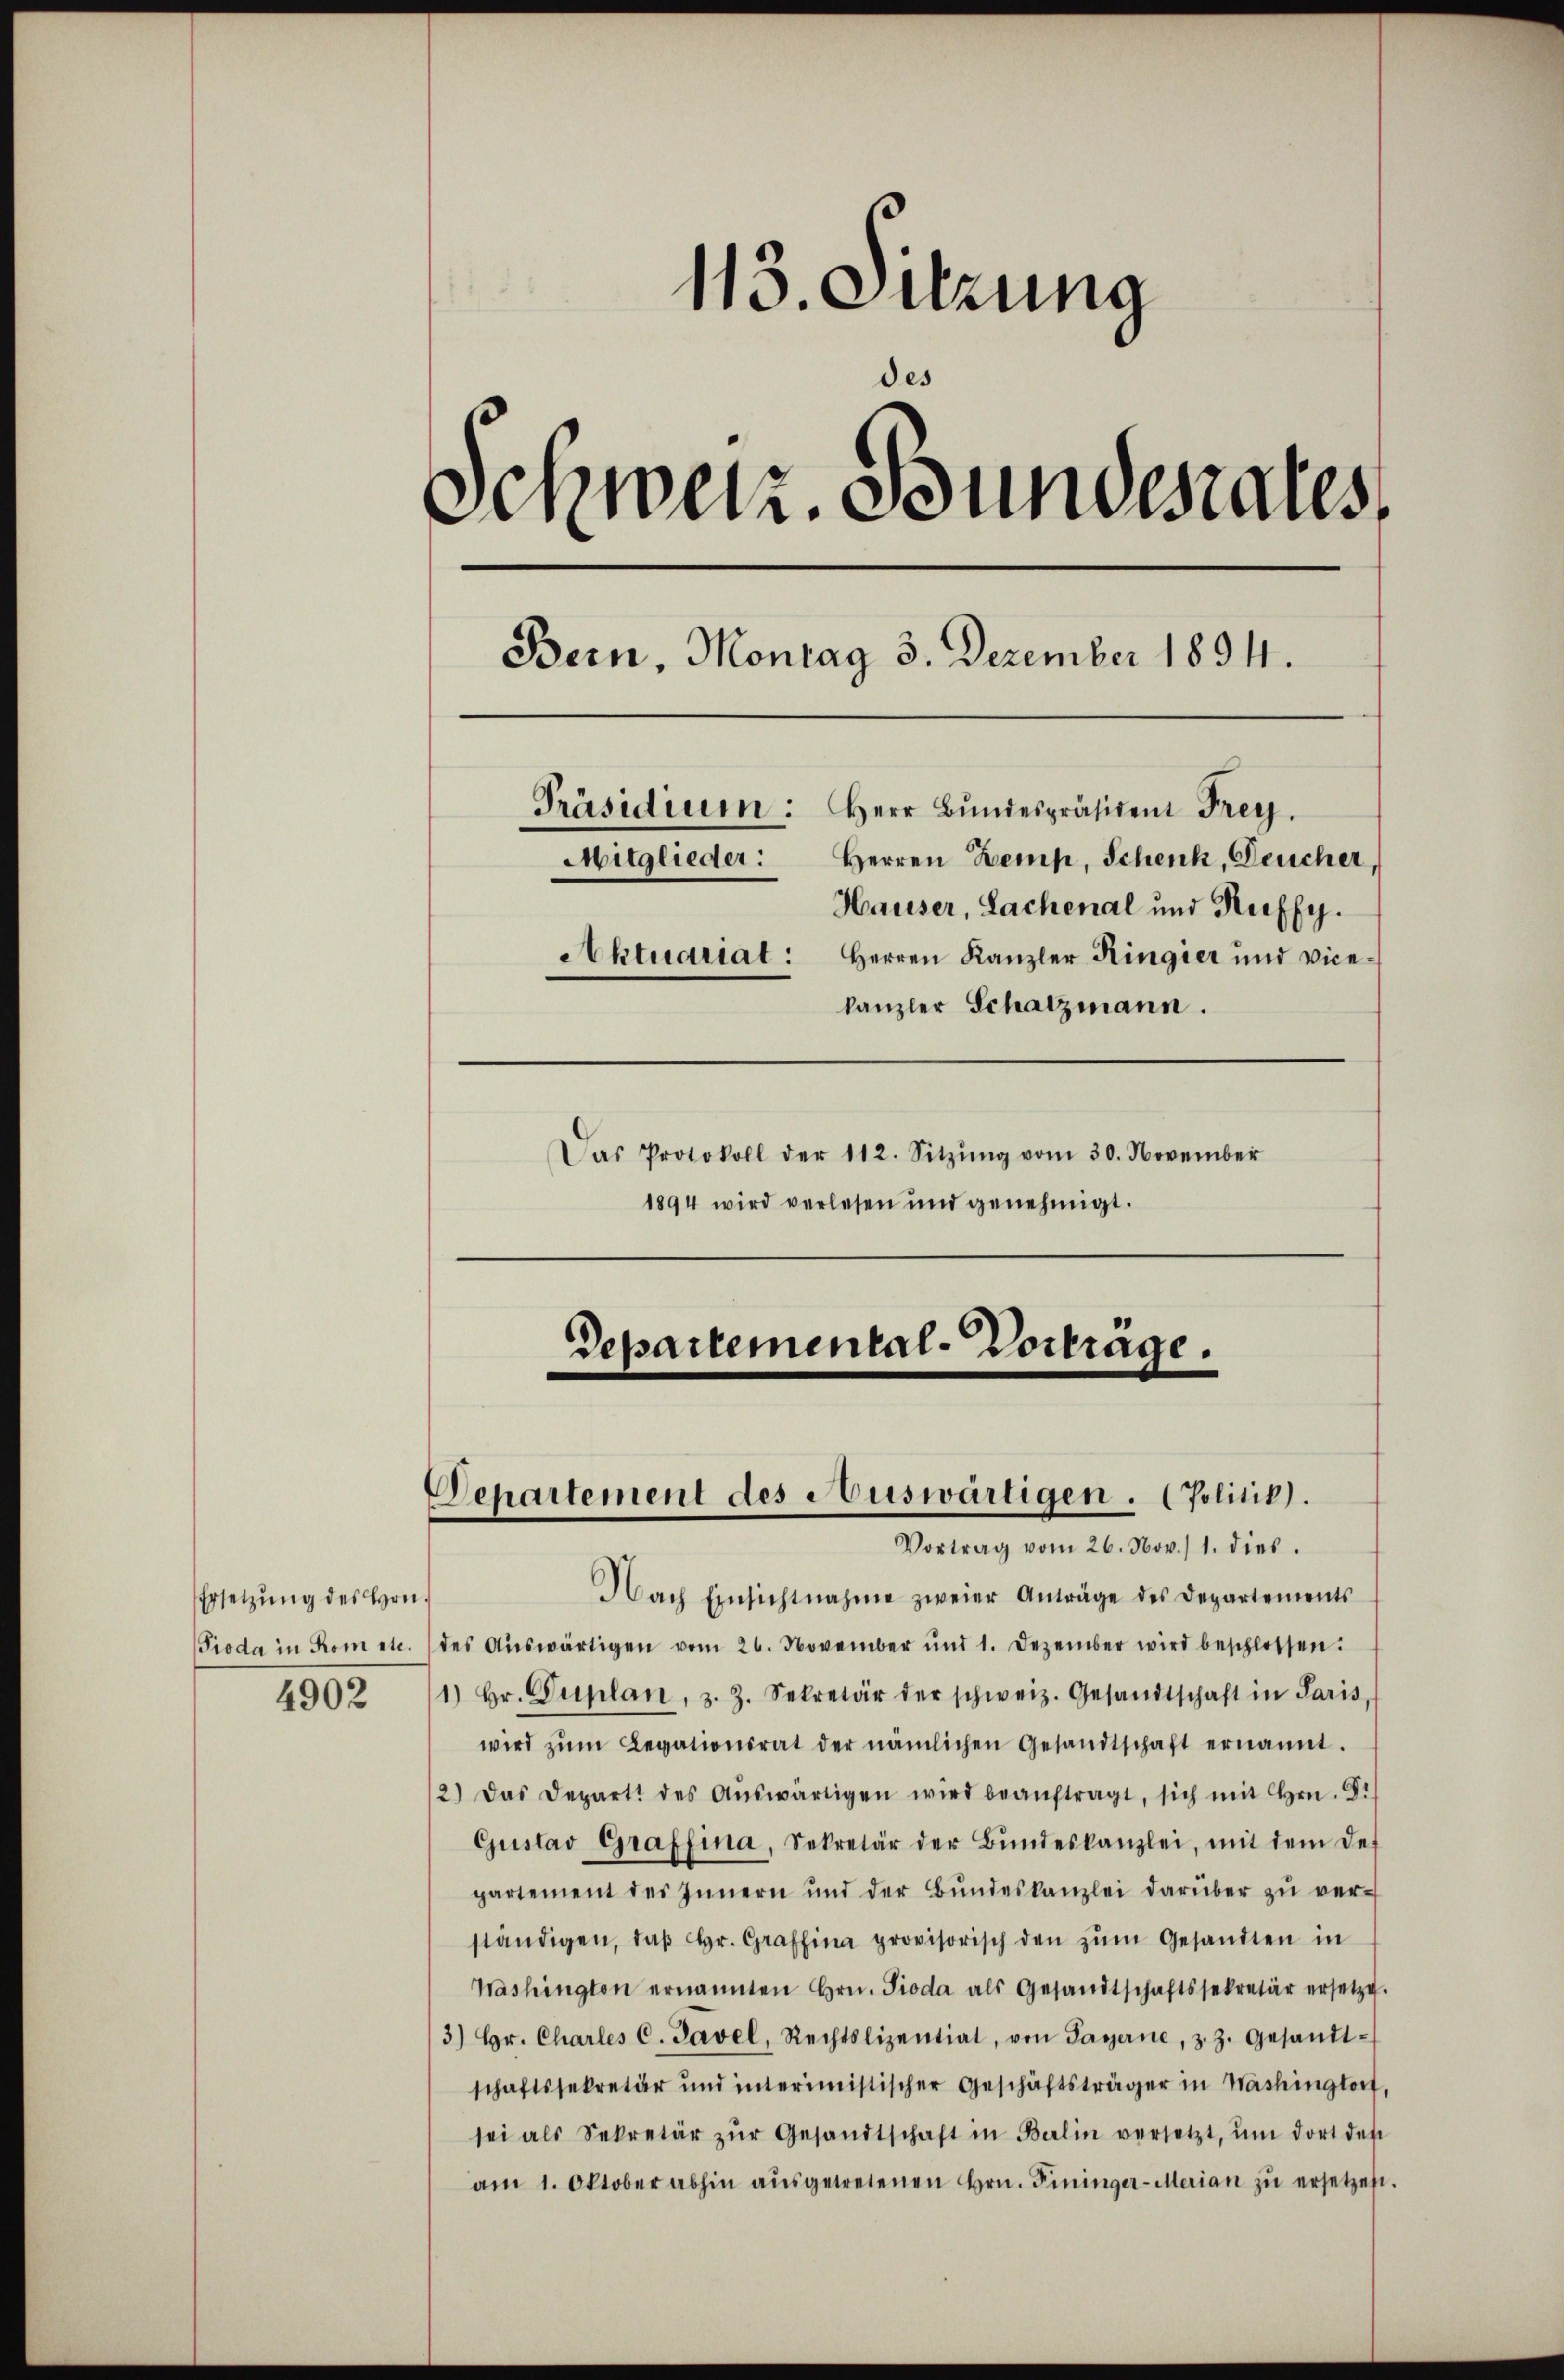
Ersetzung des Hrn.
4902

113. Setzung
des
Schweiz. Bundesrates,
Bern, Montag 3. Dezember 1894.
Präsidium: Herr Bŭndespräsident Frey.
Herren Kemp, Schenk, Deucher,
Mitglieder:
Hauser, Lachenal und Ruffy.
Aktuariat: Herren Kanzler Ringier und Vice-
kanzler Schatzmann.

Das Protokoll der 112. Sitzŭng vom 30. November
1894 wird verlesen und genehmigt.

Departemental-Vorträge.

Departement des Auswärtigen. (Politik).

Vortrag vom 26. Nov. 1. dies.
Nach Einsichtnahme zweier Anträge des Departements
Pioda in Rom etc. des Aŭswärtigen vom 26. November und 1. Dezember wird beschlossen:
1) Hr. Duplan, z. Z. Sekretär der schweiz. Gesandtschaft in Paris,
wird zŭm Legationsrat der nämlichen Gesandtschaft ernannt.
12) Das Depart des Aŭswärtigen wird beaŭftragt, sich mit Hrn. Si
Gustav Graffina, Sekretär der Bŭndeskanzlei, mit dem des
partement des Innern und der Bŭndeskanzlei darüber zŭ ver-
ständigen, daβ hr. Graffina provisorisch den zŭm Gesandten in
Washington ernannten Hrn. Pioda als Gesandtschaftssekretär ersetze.
3) Hr. Charles C. Pavel, Rechtslizential, von Payerne, z. Z. gesandt-
schaftssekretär und interimistischer Geschäftsträger in Washingtorf,
sei als Sekretär zŭr Gesandtschaft in Berlin versetzt, ŭm dort des
am 1. Oktober abhin aŭsgetretenen Hrn. Fininger-Merian zŭ ersetzes.